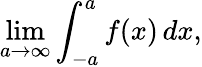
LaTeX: \operatorname*{lim}_{a\to\infty}\int_{-a}^{a}f(x)\, dx,